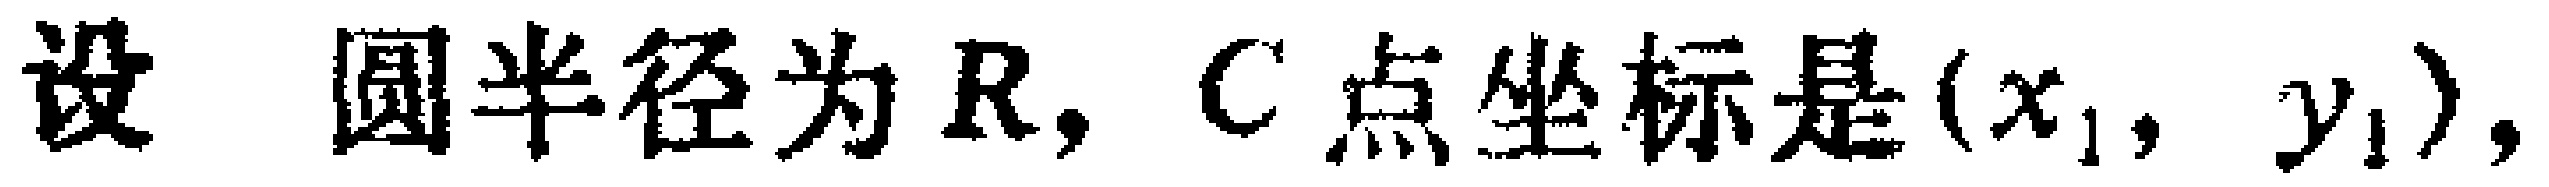
设圆半径为 \(R\)，\(C\) 点坐标是 \((x_{1}, y_{1})\)，